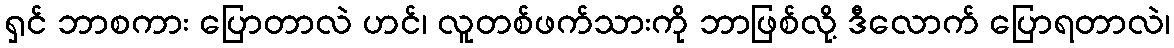
ရှင် ဘာစကား ပြောတာလဲ ဟင်၊ လူတစ်ဖက်သားကို ဘာဖြစ်လို့ ဒီလောက် ပြောရတာလဲ၊